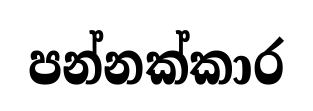
පන්නක්කාර